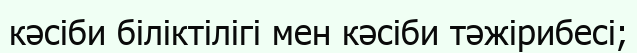
кәсіби біліктілігі мен кәсіби тәжірибесі;